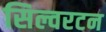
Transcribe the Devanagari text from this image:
सिल्वरटन